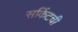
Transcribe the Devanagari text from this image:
सर्किटची